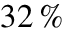
3 2 \, \%